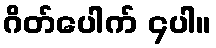
ဂိတ်ပေါက် ၄ပါ။